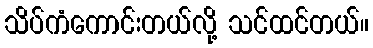
သိပ်ကံကောင်းတယ်လို့ သင်ထင်တယ်။